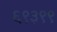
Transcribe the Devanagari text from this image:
६९३९९